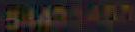
5.442-45N